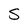
Character: S